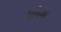
પોણા